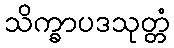
သိက္ခာပဒသုတ္တံ